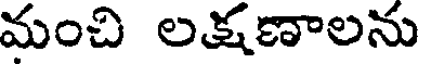
మంచి లక్షణాలను